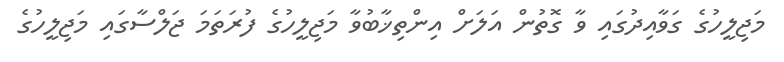
މަޖިލީހުގެ ގަވާއިދުގައި ވާ ގޮތުން އަލަށް އިންތިޚާބުވާ މަޖިލީހުގެ ފުރަތަމަ ޖަލްސާގައި މަޖިލީހުގެ